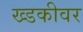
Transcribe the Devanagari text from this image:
ख्डकीवर